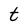
Character: t